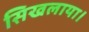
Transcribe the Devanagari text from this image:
सिखलाया।